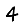
Digit: 4